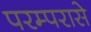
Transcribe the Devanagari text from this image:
परम्परासे